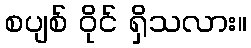
စပျစ် ဝိုင် ရှိသလား။